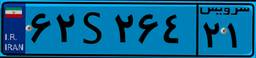
۹۷S۰۲۱۴۰